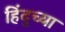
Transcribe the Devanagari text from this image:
हिंदुच्या